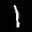
Label: 1